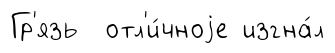
Гр'язь отл'и́чноjе изгна́л